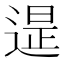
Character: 𨕒